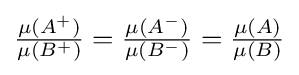
{\textstyle {\frac {\mu (A^{+})}{\mu (B^{+})}}={\frac {\mu (A^{-})}{\mu (B^{-})}}={\frac {\mu (A)}{\mu (B)}}}